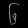
Digit: ၆